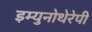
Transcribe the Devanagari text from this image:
इम्युनोथेरेपी